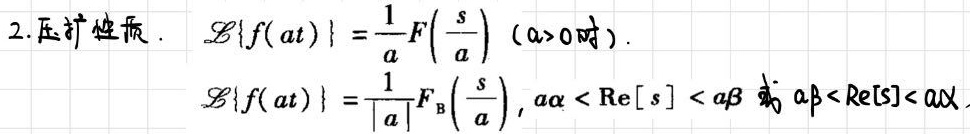
2. 压扩性质. $\mathcal{L}\{f(at)\}=\frac{1}{a}F\left(\frac{s}{a}\right)\ (a > 0时).$
$\mathcal{L}\{f(at)\}=\frac{1}{|a|}F_{\mathrm{B}}\left(\frac{s}{a}\right), a\alpha < \mathrm{Re}[s] < a\beta \text{ 或 } a\beta < \mathrm{Re}[s] < a\alpha.$